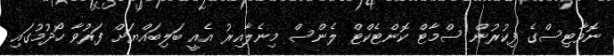
ނޮވާޓިސްގެ ފިކުރުން ސްމާޓް ކޮންޓެކްޓް ލެންސް މިނެލާއިރު އެއީ ބަލިބައްޔަށް ފަރުވާ ހޯދުމުގައި